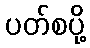
ပတ်စပို့